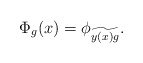
\begin{align*}\Phi_g(x) = \phi_{\widetilde{y(x)g}}.\end{align*}